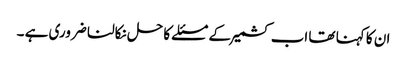
ان کا کہنا تھا اب کشمیر کے مسئلے کا حل نکالنا ضروری ہے ۔